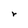
Character: r